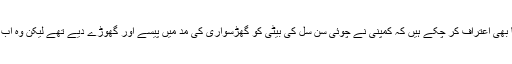
لی جائے یونگ اس بات کا بھی اعتراف کر چُکے ہیں کہ کمپنی نے چوئی سُن سل کی بیٹی کو گھڑسواری کی مد میں پیسے اور گھوڑے دیے تھے لیکن وہ اب اس فیصلے پر شرمندہ ہیں۔